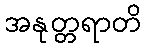
အနုတ္တရာတိ